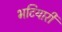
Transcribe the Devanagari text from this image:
भटियारी